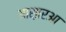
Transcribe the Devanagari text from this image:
आस़ारआ